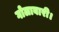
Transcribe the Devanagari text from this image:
गोलाबारी।